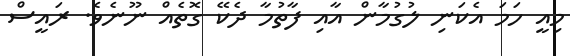
މިއީ ހަމަ އެކަނި ލުގުމާން އާއި ފާތުމާ ދެކޭ ގޮތެއް ނޫނެވެ. ރައީސް